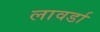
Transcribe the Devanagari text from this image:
लावर्डा